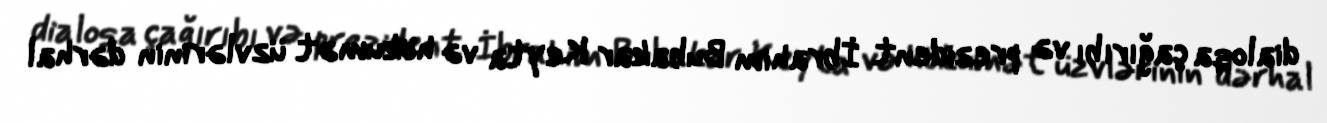
dialoqa çağırıbı və prezident İbrahim Bubakar Keyta və hökumət üzvlərinin dərhal